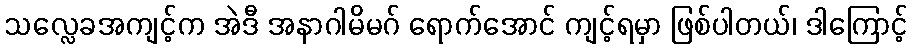
သလ္လေခအကျင့်က အဲဒီ အနာဂါမိမဂ် ရောက်အောင် ကျင့်ရမှာ ဖြစ်ပါတယ်၊ ဒါကြောင့်